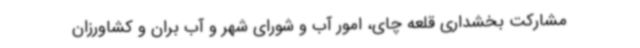
مشارکت بخشداری قلعه چای، امور آب و شورای شهر و آب بران و کشاورزان